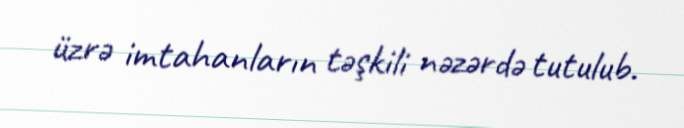
üzrə imtahanların təşkili nəzərdə tutulub.